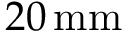
2 0 \, \mathrm { m m }